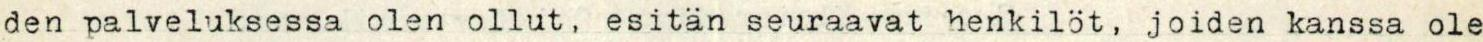
den palveluksessa olen ollut, esitän seuraavat henkilöt, joiden kanssa ole